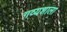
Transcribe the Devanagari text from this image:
गव्यशाला